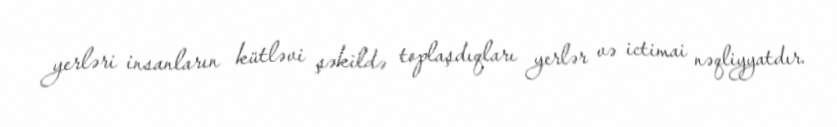
yerləri insanların kütləvi şəkildə toplaşdıqları yerlər və ictimai nəqliyyatdır.